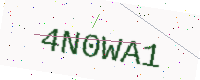
Text: 4N0WA1